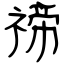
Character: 禘